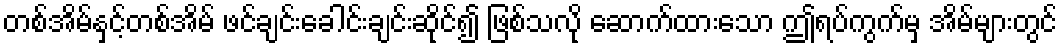
တစ်အိမ်နှင့်တစ်အိမ် ဖင်ချင်းခေါင်းချင်းဆိုင်၍ ဖြစ်သလို ဆောက်ထားသော ဤရပ်ကွက်မှ အိမ်များတွင်